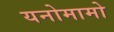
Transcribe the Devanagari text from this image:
यनोमामो